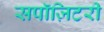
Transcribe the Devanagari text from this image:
सपॉज़िटरी